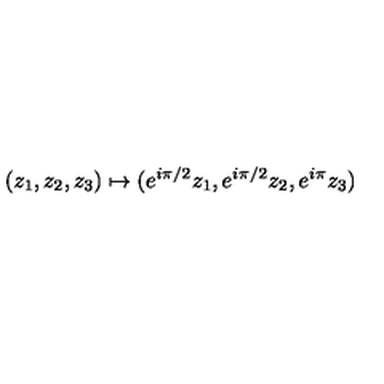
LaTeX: ( z _ { 1 } , z _ { 2 } , z _ { 3 } ) \mapsto ( e ^ { i \pi / 2 } z _ { 1 } , e ^ { i \pi / 2 } z _ { 2 } , e ^ { i \pi } z _ { 3 } )